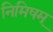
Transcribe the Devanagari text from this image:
निमिषम्